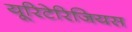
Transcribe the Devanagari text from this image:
यूरिटेरिजियस